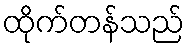
ထိုက်တန်သည်